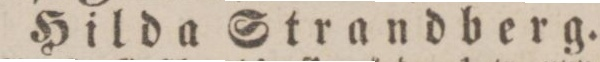
Hilda Strandberg.